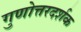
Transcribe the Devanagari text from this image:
गुणोत्तरदर्शक